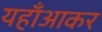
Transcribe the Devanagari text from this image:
यहाँआकर